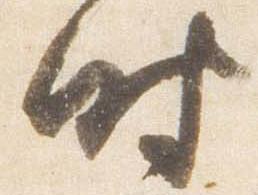
時